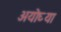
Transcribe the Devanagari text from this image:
अयोघ्या